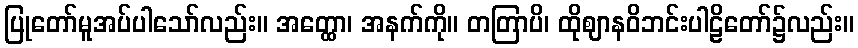
ပြုတော်မူအပ်ပါသော်လည်း။ အတ္ထော၊ အနက်ကို။ တတြာပိ၊ ထိုဈာနဝိဘင်းပါဠိတော်၌လည်း။